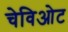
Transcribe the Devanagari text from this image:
चेविओट